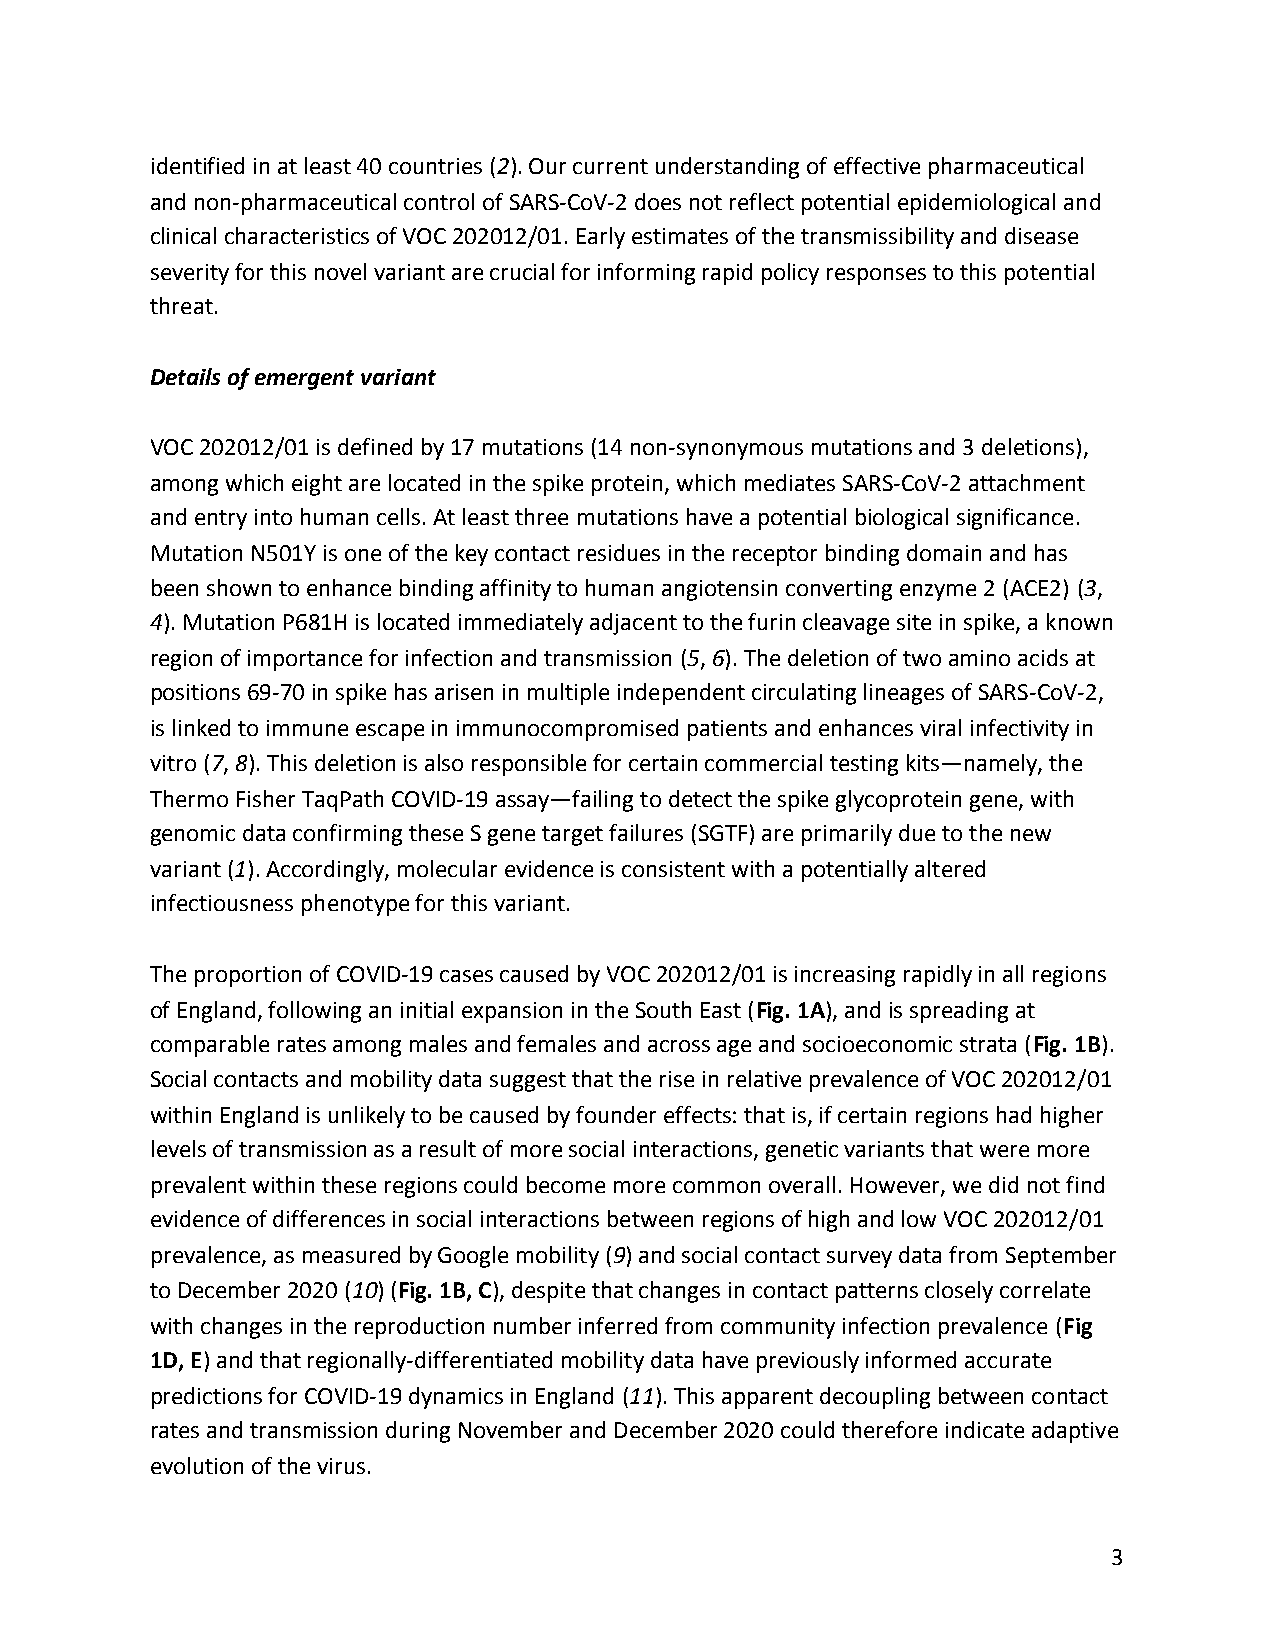
identified in at least 40 countries (2). Our current understanding of effective pharmaceutical
 ​ ​ ​ ​
 and non-pharmaceutical control of SARS-CoV-2 does not reflect potential epidemiological and
 clinical characteristics of VOC 202012/01. Early estimates of the transmissibility and disease
 severity for this novel variant are crucial for informing rapid policy responses to this potential
 threat.
 Details of emergent variant
 VOC 202012/01 is defined by 17 mutations (14 non-synonymous mutations and 3 deletions),
 among which eight are located in the spike protein, which mediates SARS-CoV-2 attachment
 and entry into human cells. At least three mutations have a potential biological significance.
 Mutation N501Y is one of the key contact residues in the receptor binding domain and has
 been shown to enhance binding affinity to human angiotensin converting enzyme 2 (ACE2) (3,
 ​ ​ ​
 4). Mutation P681H is located immediately adjacent to the furin cleavage site in spike, a known
 ​ ​
 region of importance for infection and transmission (5, 6). The deletion of two amino acids at
 ​ ​ ​ ​ ​ ​
 positions 69-70 in spike has arisen in multiple independent circulating lineages of SARS-CoV-2,
 is linked to immune escape in immunocompromised patients and enhances viral infectivity in
 vitro (7, 8). This deletion is also responsible for certain commercial testing kits—namely, the
 ​ ​ ​ ​ ​ ​
 Thermo Fisher TaqPath COVID-19 assay—failing to detect the spike glycoprotein gene, with
 genomic data confirming these S gene target failures (SGTF) are primarily due to the new
 variant (1). Accordingly, molecular evidence is consistent with a potentially altered
 ​ ​ ​ ​
 infectiousness phenotype for this variant.
 The proportion of COVID-19 cases caused by VOC 202012/01 is increasing rapidly in all regions
 of England, following an initial expansion in the South East (Fig. 1A), and is spreading at
 ​    ​
 comparable rates among males and females and across age and socioeconomic strata (Fig. 1B).
 ​    ​
 Social contacts and mobility data suggest that the rise in relative prevalence of VOC 202012/01
 within England is unlikely to be caused by founder effects: that is, if certain regions had higher
 levels of transmission as a result of more social interactions, genetic variants that were more
 prevalent within these regions could become more common overall. However, we did not find
 evidence of differences in social interactions between regions of high and low VOC 202012/01
 prevalence, as measured by Google mobility (9) and social contact survey data from September
 ​ ​ ​ ​
 to December 2020 (10) (Fig. 1B, C), despite that changes in contact patterns closely correlate
 ​ ​ ​ ​ ​ ​
 with changes in the reproduction number inferred from community infection prevalence (Fig
 ​
 1D, E) and that regionally-differentiated mobility data have previously informed accurate
 ​
 predictions for COVID-19 dynamics in England (11). This apparent decoupling between contact
 ​ ​ ​ ​
 rates and transmission during November and December 2020 could therefore indicate adaptive
 evolution of the virus.
 3